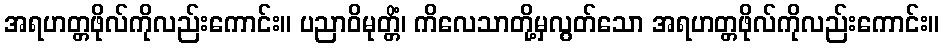
အရဟတ္တဖိုလ်ကိုလည်းကောင်း။ ပညာဝိမုတ္တိံ၊ ကိလေသာတို့မှလွတ်သော အရဟတ္တဖိုလ်ကိုလည်းကောင်း။